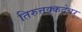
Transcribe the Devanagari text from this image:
तिरुत्तक्कदेवर्